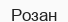
Розан